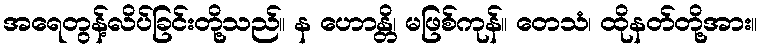
အရေတွန့်လိပ်ခြင်းတို့သည်။ န ဟောန္တိ၊ မဖြစ်ကုန်။ တေသံ၊ ထိုနတ်တို့အား။